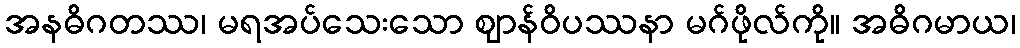
အနဓိဂတဿ၊ မရအပ်သေးသော ဈာန်ဝိပဿနာ မဂ်ဖိုလ်ကို။ အဓိဂမာယ၊